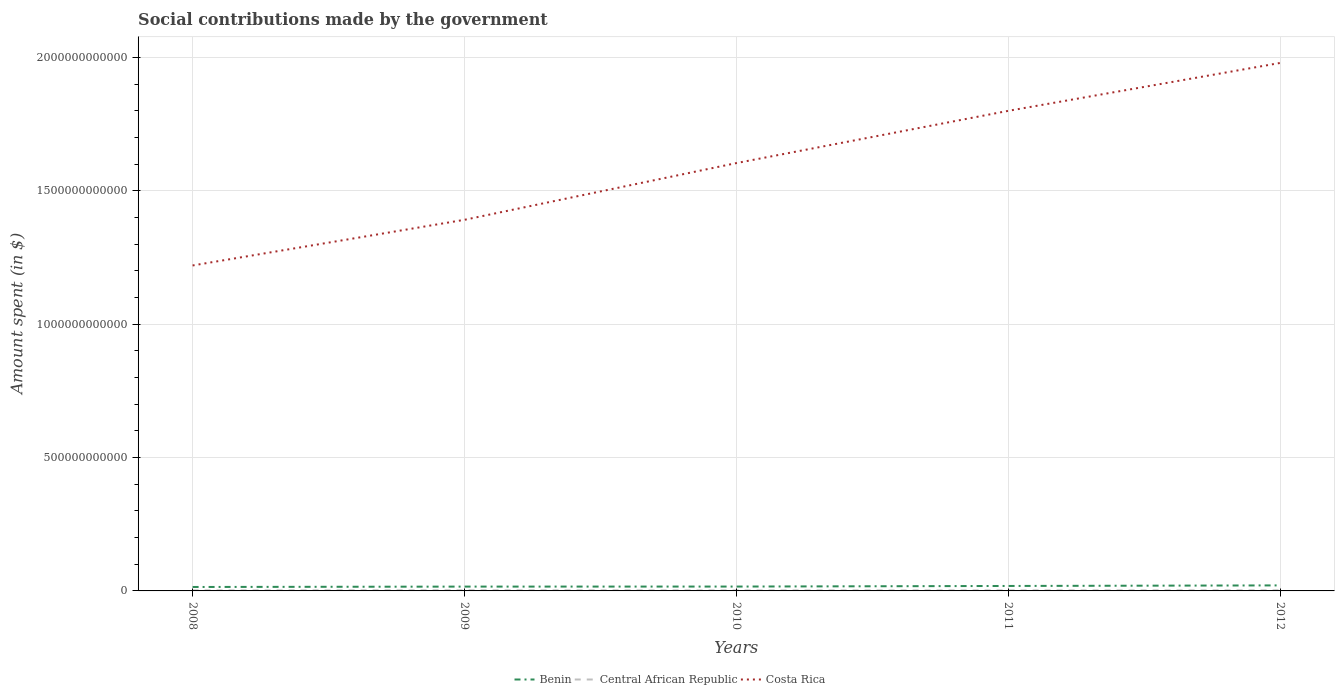
| Years | Benin | Central African Republic | Costa Rica |
 | --- | --- | --- | --- |
 | 2008 | 1.48e+10 | 2e+09 | 1.22e+12 |
 | 2009 | 1.62e+10 | 2.37e+09 | 1.39e+12 |
 | 2010 | 1.64e+10 | 1.82e+09 | 1.6e+12 |
 | 2011 | 1.86e+10 | 1.99e+09 | 1.8e+12 |
 | 2012 | 2.07e+10 | 2.2e+09 | 1.98e+12 |